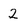
Character: 2